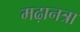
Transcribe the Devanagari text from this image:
मढ़ानत्रा